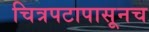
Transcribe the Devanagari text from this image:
चित्रपटापासूनच